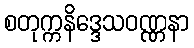
စတုက္ကနိဒ္ဒေသဝဏ္ဏနာ